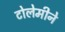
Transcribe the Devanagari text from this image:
टोलेमीने